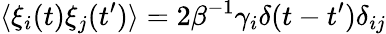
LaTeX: \langle\xi_{i}(t)\xi_{j}(t^{\prime})\rangle=2\beta^{-1}\gamma_{i}\delta(t-t^{\prime})\delta_{ij}